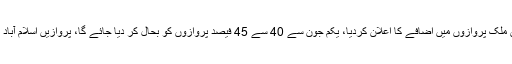
29 مئی2020ء) سول ایوی ایشن اتھارٹی نے اندرون ملک پروازوں میں اضافے کا اعلان کردیا، یکم جون سے 40 سے 45 فیصد پروازوں کو بحال کر دیا جائے گا، پروازیں اسلام آباد لاہور، کراچی ، پشاور اور کوئٹہ سے آپریٹ ہوں گی۔